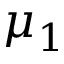
\mu _ { 1 }